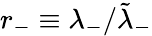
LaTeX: r_{-}\equiv\lambda_{-}/\tilde{\lambda}_{-}